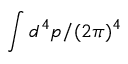
\int d ^ { 4 } p / ( 2 \pi ) ^ { 4 }